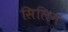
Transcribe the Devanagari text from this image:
सिलिन